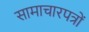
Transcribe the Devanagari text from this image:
सामाचारपत्रों